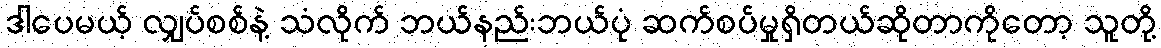
ဒါပေမယ့် လျှပ်စစ်နဲ့ သံလိုက် ဘယ်နည်းဘယ်ပုံ ဆက်စပ်မှုရှိတယ်ဆိုတာကိုတော့ သူတို့